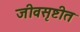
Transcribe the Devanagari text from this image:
जीवसृष्टीत